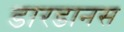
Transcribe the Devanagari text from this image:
डारडानस